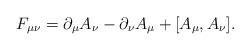
\begin{align*}F_{\mu\nu} =\partial_{\mu} A_{\nu} -\partial_{\nu} A_{\mu} +[A_{\mu},A_{\nu}].\end{align*}